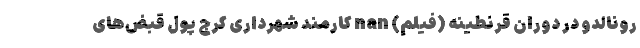
رونالدو در دوران قرنطینه (فیلم) nan کارمند شهرداری کرج پول قبض‌های